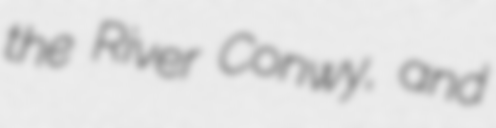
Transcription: the River Conwy, and